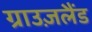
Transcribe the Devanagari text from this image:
ग्राउज़लैंड